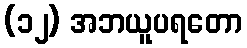
(၁၂) အဘယူပရတော